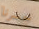
خسرنا